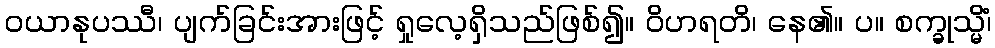
ဝယာနုပဿီ၊ ပျက်ခြင်းအားဖြင့် ရှုလေ့ရှိသည်ဖြစ်၍။ ဝိဟရတိ၊ နေ၏။ ပ။ စက္ခုသ္မိံ၊